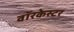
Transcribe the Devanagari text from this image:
वॉरकेस्टर